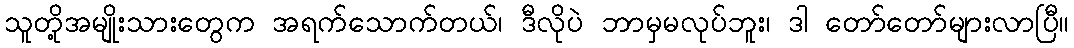
သူတို့အမျိုးသားတွေက အရက်သောက်တယ်၊ ဒီလိုပဲ ဘာမှမလုပ်ဘူး၊ ဒါ တော်တော်များလာပြီ။